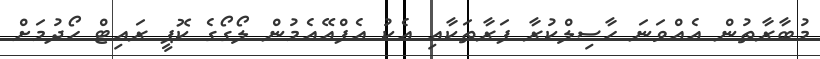
މުބާރާތުން އެއްވަނަ ހާސިލްކުރާ ފަރާތަކާއި އެކު އެފްއޭއެމުން ލޯގޯގެ ކޮޕީ ރައިޓް ހޯދުމަށް